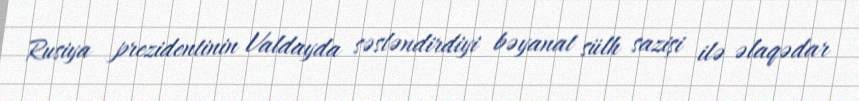
Rusiya prezidentinin Valdayda səsləndirdiyi bəyanat sülh sazişi ilə əlaqədar